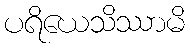
ပရိယေသိဿာမိ